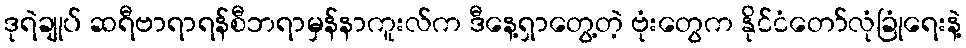
ဒုရဲချုပ် ဆရီဗာရာရန်စီဘရာမှန်နာကူးလ်က ဒီနေ့ရှာတွေ့တဲ့ ဗုံးတွေက နိုင်ငံတော်လုံခြုံရေးနဲ့